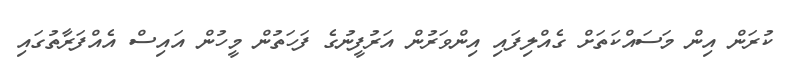
ކުރަން އިން މަސައްކަތަށް ގެއްލިފައި އިންވަރުން އަރުފީނުގެ ފަހަތުން މީހުން އައިސް އެއްފަރާތުގައި